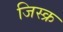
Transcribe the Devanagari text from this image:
जिस्क्र